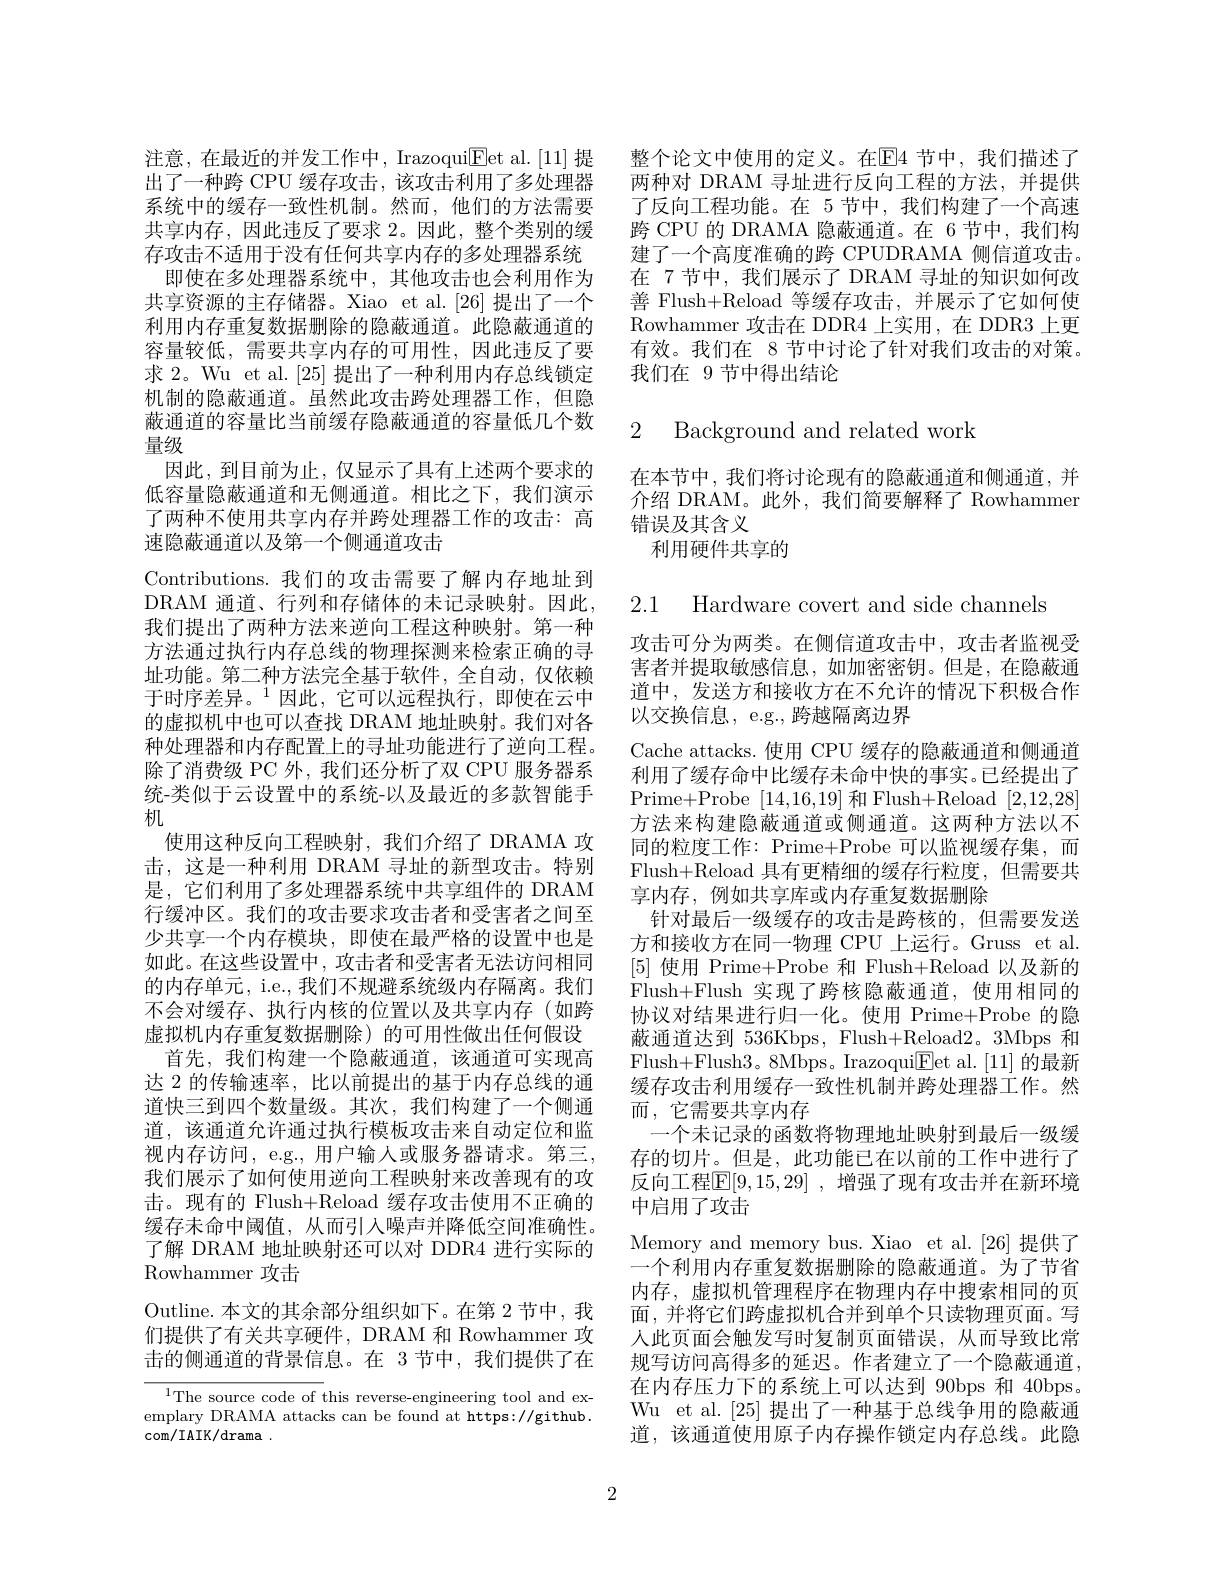
整个论文中使用的定义。在$\mathbb{E}$4 节中，我们描述了两种对 DRAM 寻址进行反向工程的方法，并提供了反向工程功能。在 5节中，我们构建了一个高速跨 CPU 的 DRAMA 隐蔽通道。在 6 节中，我们构建了一个高度准确的跨 CPUDRAMA 侧信道攻击。在 7节中，我们展示了 DRAM 寻址的知识如何改善 Flush+Reload 等缓存攻击，并展示了它如何使Rowhammer 攻击在 DDR4 上实用，在 DDR3 上更有效。我们在 8 节中讨论了针对我们攻击的对策。我们在 9 节中得出结论

# 2 Background and related work

在本节中，我们将讨论现有的隐蔽通道和侧通道，并介绍 DRAM。此外，我们简要解释了 Rowhammer 错误及其含义
利用硬件共享的

注意，在最近的并发工作中，IrazoquiEet al. [ 11] 提出了一种跨 CPU 缓存攻击，该攻击利用了多处理器系统中的缓存一致性机制。然而，他们的方法需要共享内存，因此违反了要求 2。因此，整个类别的缓存攻击不适用于没有任何共享内存的多处理器系统
即使在多处理器系统中，其他攻击也会利用作为共享资源的主存储器。Xiao et al.[26] 提出了一个利用内存重复数据删除的隐蔽通道。此隐蔽通道的容量较低，需要共享内存的可用性，因此违反了要求 2。Wu et al.[25]提出了一种利用内存总线锁定机制的隐蔽通道。虽然此攻击跨处理器工作，但隐蔽通道的容量比当前缓存隐蔽通道的容量低几个数量级
因此，到目前为止，仅显示了具有上述两个要求的低容量隐蔽通道和无侧通道。相比之下，我们演示了两种不使用共享内存并跨处理器工作的攻击：高速隐蔽通道以及第一个侧通道攻击
Contributions.我们的攻击需要了解内存地址到DRAM 通道、行列和存储体的未记录映射。因此， 我们提出了两种方法来逆向工程这种映射。第一种方法通过执行内存总线的物理探测来检索正确的寻址功能。第二种方法完全基于软件，全自动，仅依赖于时序差异。$^{1}$因此，它可以远程执行，即使在云中的虚拟机中也可以查找 DRAM 地址映射。我们对各种处理器和内存配置上的寻址功能进行了逆向工程。除了消费级 PC 外，我们还分析了双 CPU 服务器系统-类似于云设置中的系统-以及最近的多款智能手机
使用这种反向工程映射，我们介绍了 DRAMA 攻击，这是一种利用 DRAM 寻址的新型攻击。特别是，它们利用了多处理器系统中共享组件的 DRAM 行缓冲区。我们的攻击要求攻击者和受害者之间至少共享一个内存模块，即使在最严格的设置中也是如此。在这些设置中，攻击者和受害者无法访问相同的内存单元，i.e., 我们不规避系统级内存隔离。我们不会对缓存、执行内核的位置以及共享内存(如跨虚拟机内存重复数据删除)的可用性做出任何假设
首先，我们构建一个隐蔽通道，该通道可实现高达 2 的传输速率，比以前提出的基于内存总线的通道快三到四个数量级。其次，我们构建了一个侧通道，该通道允许通过执行模板攻击来自动定位和监视内存访问，e.g., 用户输人或服务器请求。第三， 我们展示了如何使用逆向工程映射来改善现有的攻击。现有的 Flush+Reload 缓存攻击使用不正确的缓存未命中阈值，从而引入噪声并降低空间准确性。了解 DRAM 地址映射还可以对 DDR4 进行实际的Rowhammer 攻击
Outline. 本文的其余部分组织如下。在第 2 节中，我们提供了有关共享硬件，DRAM 和 Rowhammer 攻击的侧通道的背景信息。在 3节中，我们提供了在$^{1}$The source code of this reverse-engineering tool and ex-

emplary DRAMA attacks can be found at https://github.
$\operatorname{com/IAIK/drama}.$

2.1 Hardware covert and side channels

攻击可分为两类。在侧信道攻击中，攻击者监视受害者并提取敏感信息，如加密密钥。但是，在隐蔽通道中，发送方和接收方在不允许的情况下积极合作以交换信息，e.g., 跨越隔离边界
Cache attacks.使用 CPU 缓存的隐蔽通道和侧通道利用了缓存命中比缓存未命中快的事实。已经提出了Prime+Probe [14,16,19]和 Flush+Reload [2,12,28] 方法来构建隐蔽通道或侧通道。这两种方法以不同的粒度工作：Prime+Probe 可以监视缓存集，而Flush+Reload 具有更精细的缓存行粒度，但需要共享内存，例如共享库或内存重复数据删除
针对最后一级缓存的攻击是跨核的，但需要发送方和接收方在同一物理 CPU 上运行。Gruss et al. [5]使用 Prime+Probe 和 Flush+Reload 以及新的Flush+Flush 实现了跨核隐蔽通道，使用相同的协议对结果进行归一化。使用 Prime+Probe 的隐蔽通道达到536Kbps，Flush+Reload2。3Mbps 和Flush+Flush3。8Mbps。Irazoqui$\underline{\mathrm{Eet~al.~[11]~}}$的最新缓存攻击利用缓存一致性机制并跨处理器工作。然而 , 它需要共享内存
一个未记录的函数将物理地址映射到最后一级缓存的切片。但是，此功能已在以前的工作中进行了反向工程$\mathbb{E}[9,15,29]$ ,增强了现有攻击并在新环境中启用了攻击
Memory and memory bus. Xiao et al.[26]提供了一个利用内存重复数据删除的隐蔽通道。为了节省内存，虚拟机管理程序在物理内存中搜索相同的页面，并将它们跨虚拟机合并到单个只读物理页面。写人此页面会触发写时复制页面错误，从而导致比常规写访问高得多的延迟。作者建立了一个隐蔽通道， 在内存压力下的系统上可以达到 90bps 和 40bps。Wu et al. [25]提出了一种基于总线争用的隐蔽通道，该通道使用原子内存操作锁定内存总线。此隐

2